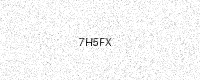
Text: 7H5FX